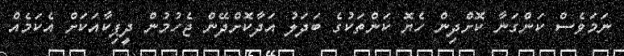
ނަމަވެސް ކަންގަނާ ކޮށްދިން ހެޔޮ ކަންތަކުގެ ބަދަލު އަދާކޮށްދޭން ޖެހުމުން ދީޕިކާއަކަށް އެކަމެއް